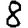
Digit: 8